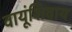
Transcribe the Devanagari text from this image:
वायूंशिवाय